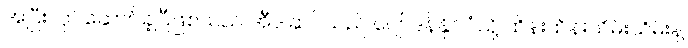
အပြီးလုပ်ဆောင်ခဲ့ပြီဖြစ်သည် အီဒါဆင်သည် ဂျော်ဒန်နိုင်ငံသို့ ထိန်းထိန်းသိမ်းသိမ်းနဲ့